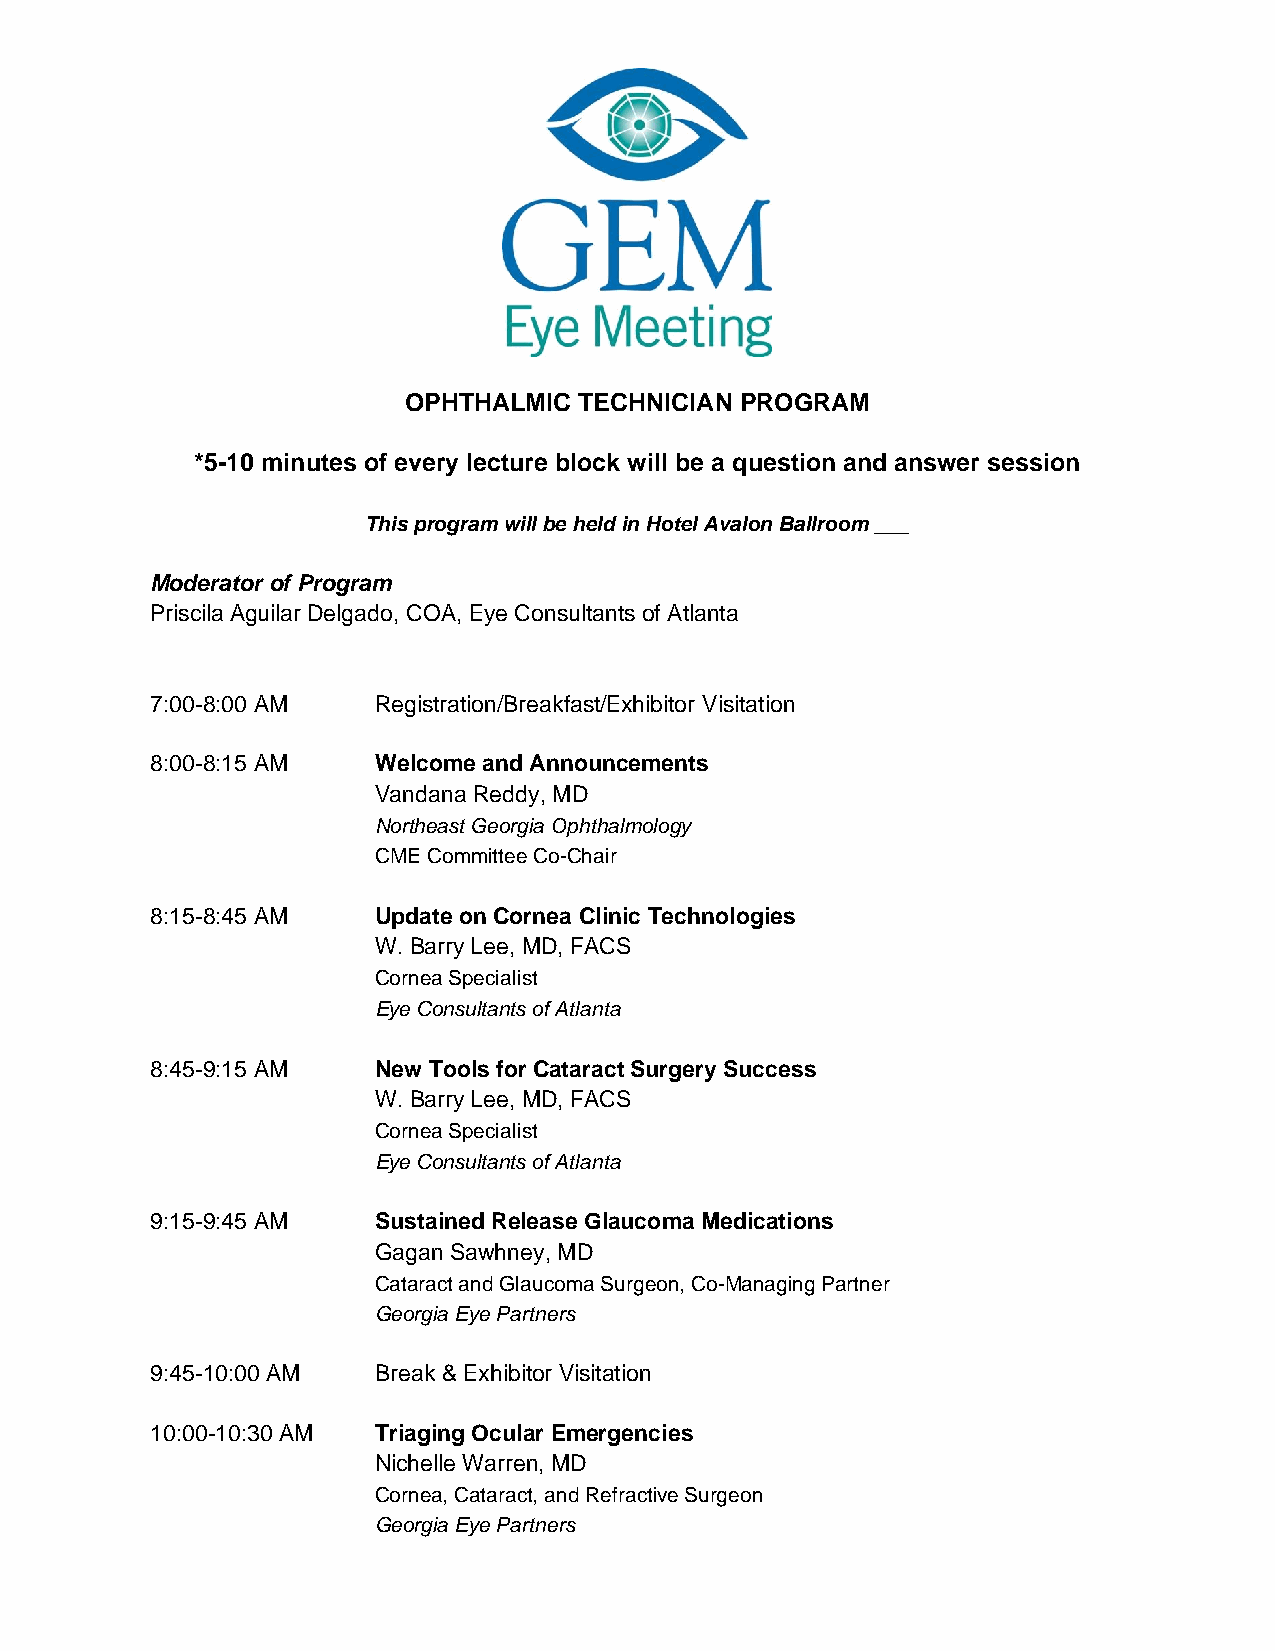
OPHTHALMIC TECHNICIAN PROGRAM
 *5-10 minutes of every lecture block will be a question and answer session
 This program will be held in Hotel Avalon Ballroom ___
 Moderator of Program
 Priscila Aguilar Delgado, COA, Eye Consultants of Atlanta
 7:00-8:00 AM   Registration/Breakfast/Exhibitor Visitation
 8:00-8:15 AM   Welcome and Announcements
 Vandana Reddy, MD
 Northeast Georgia Ophthalmology
 CME Committee Co-Chair
 8:15-8:45 AM   Update on Cornea Clinic Technologies
 W. Barry Lee, MD, FACS
 Cornea Specialist
 Eye Consultants of Atlanta
 8:45-9:15 AM   New Tools for Cataract Surgery Success
 W. Barry Lee, MD, FACS
 Cornea Specialist
 Eye Consultants of Atlanta
 9:15-9:45 AM   Sustained Release Glaucoma Medications
 Gagan Sawhney, MD
 Cataract and Glaucoma Surgeon, Co-Managing Partner
 Georgia Eye Partners
 9:45-10:00 AM  Break & Exhibitor Visitation
 10:00-10:30 AM Triaging Ocular Emergencies
 Nichelle Warren, MD
 Cornea, Cataract, and Refractive Surgeon
 Georgia Eye Partners